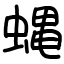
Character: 蝿